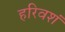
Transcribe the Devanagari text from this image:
हरिवशं